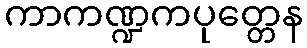
ကာကဏ္ဍကပုတ္တေန